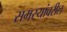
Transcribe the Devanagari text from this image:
समस्यांवरील